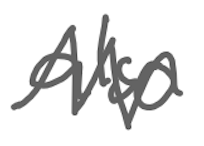
Text: also
Cross-out: zig-zag
Writing tool: digital_gray